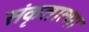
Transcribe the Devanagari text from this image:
संकृतात्मा